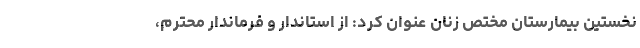
نخستین بیمارستان مختص زنان عنوان کرد: از استاندار و فرماندار محترم،